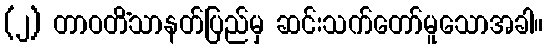
(၂) တာဝတိံသာနတ်ပြည်မှ ဆင်းသက်တော်မူသောအခါ။